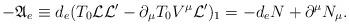
LaTeX: \begin{align*}-\mathfrak{A}_e \equiv d_{e}(T_{0}\mathcal{L} \mathcal{L}^{\prime}-\partial_{\mu}T_{0}V^{\mu}\mathcal{L}^{\prime})_{1}= -d_e N+\partial^{\mu}N_\mu.\end{align*}